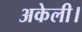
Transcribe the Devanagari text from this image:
अकेली।